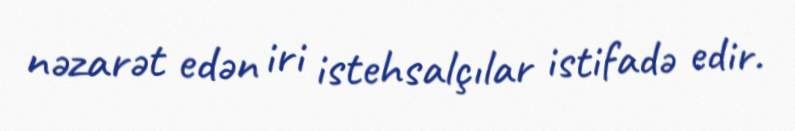
nəzarət edən iri istehsalçılar istifadə edir.